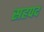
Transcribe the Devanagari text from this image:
सहपद